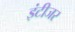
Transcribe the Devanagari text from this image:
इंटीजर